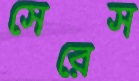
সেরেস